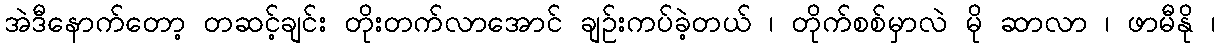
အဲဒီနောက်တော့ တဆင့်ချင်း တိုးတက်လာအောင် ချဉ်းကပ်ခဲ့တယ် ၊ တိုက်စစ်မှာလဲ မို ဆာလာ ၊ ဖာမီနို ၊